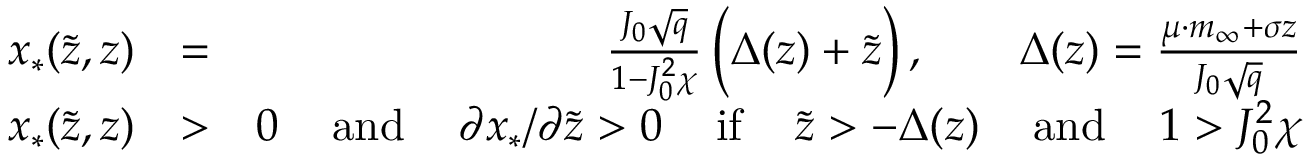
\begin{array} { r l r } { x _ { * } ( \tilde { z } , z ) } & { = } & { \frac { J _ { 0 } \sqrt { q } } { 1 - J _ { 0 } ^ { 2 } \chi } \, \Big ( \Delta ( z ) + \tilde { z } \Big ) \, , \qquad \Delta ( z ) = \frac { \mu \cdot m _ { \infty } + \sigma z } { J _ { 0 } \sqrt { q } } } \\ { x _ { * } ( \tilde { z } , z ) } & { > } & { 0 \, \quad \mathrm { a n d } \, \quad \partial x _ { * } / \partial \tilde { z } > 0 \, \quad \mathrm { i f } \, \quad \tilde { z } > - \Delta ( z ) \, \quad \mathrm { a n d } \, \quad 1 > J _ { 0 } ^ { 2 } \chi } \end{array}